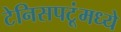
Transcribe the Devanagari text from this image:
टेनिसपटूंमध्ये